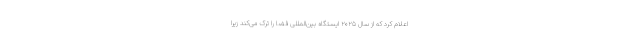
اعلام کرد که از سال ۲۰۲۵ ایستگاه بین‌المللی فضا را ترک می‌کند زیرا